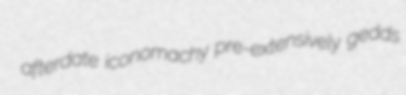
afterdate iconomachy pre-extensively gedds